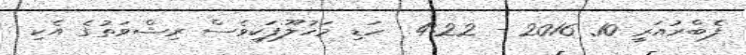
ފެބްރުއަރީ 10